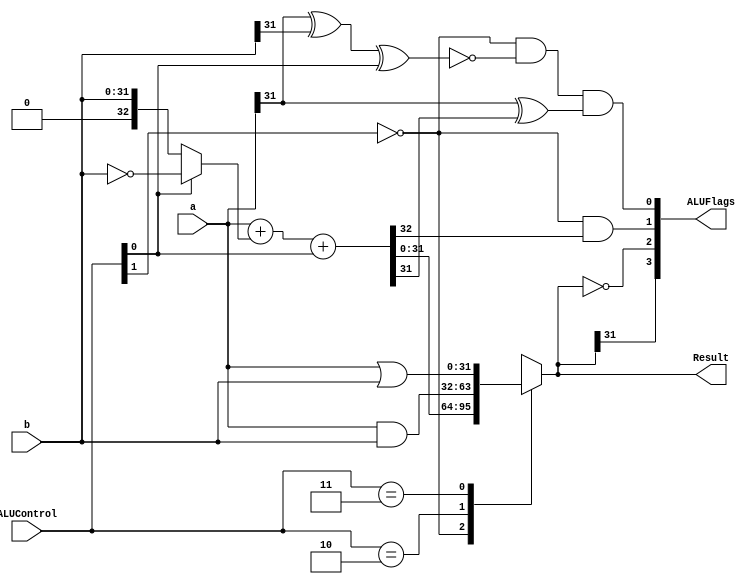
module alu ( input [31:0] a,b,
             input [1:0] ALUControl,
             output reg [31:0] Result, //assign always block
             output wire [3:0] ALUFlags); //explicit wire for assign with {}
  
  wire negative, zero, carry, overflow; // define wire for each flag (n,z,c,v)
  wire [32:0] sum;
  
  
  assign sum = a + (ALUControl[0]? ~b: b) + ALUControl[0]; //ADDER: two's complement
  
  /*
  ALUControl Logic
  00: sum
  01: sub
  10: and
  11: or
  */
  always @(*)
    casex (ALUControl[1:0]) //case, casex, casez
      2'b0?: Result = sum;
      2'b10: Result = a & b;
      2'b11: Result = a | b;
    endcase
  
 //flags: result -> negative, zero
  assign negative = Result[31];
  assign zero = (Result == 32'b0);
  //flags: additional logic -> v, c
  assign carry = (ALUControl[1]==1'b0) & sum[32];
  assign overflow = (ALUControl[1]==1'b0) & ~(a[31] ^ b[31] ^ ALUControl[0]) & (a[31] ^ sum[31]);

  assign ALUFlags = {negative, zero, carry, overflow};

endmodule